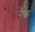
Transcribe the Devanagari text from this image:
नैंक